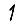
Digit: 1